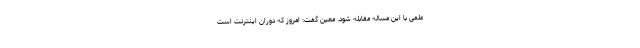
علمی با این مساله مقابله شود. معین گفت: امروز که دوران اینترنت است